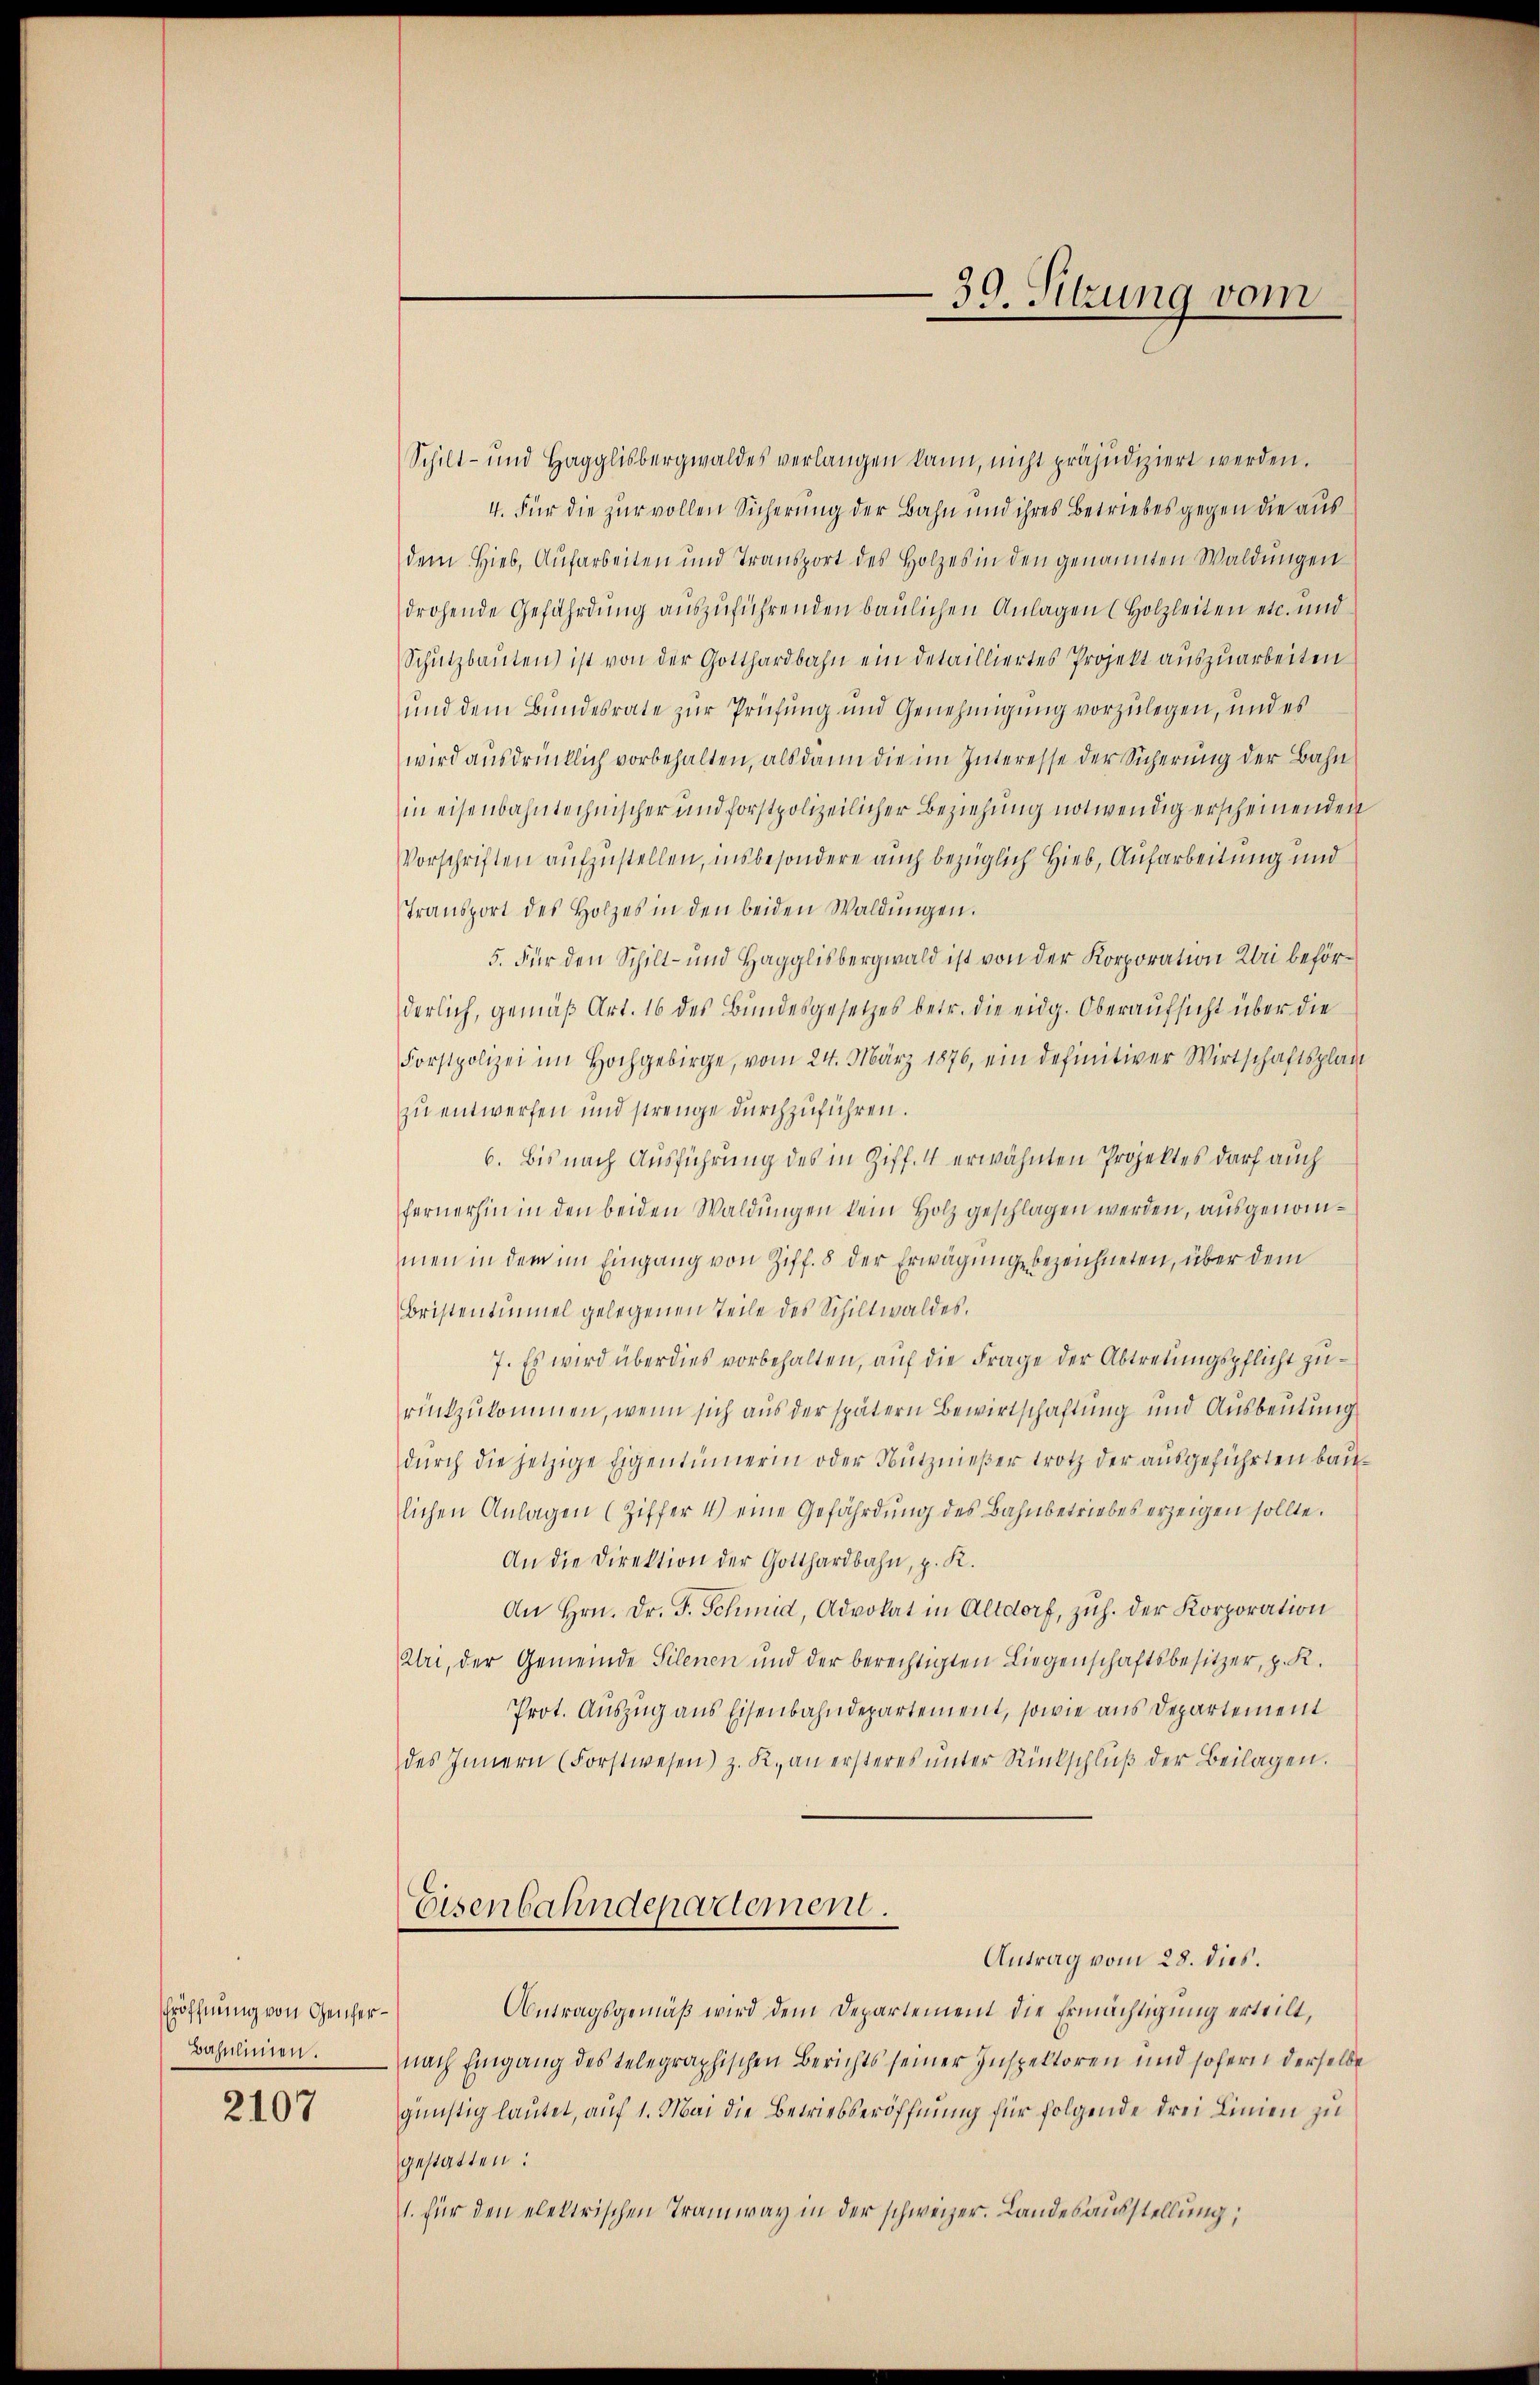
Eröffnung von Genfer¬
Bahnlinien.

2107

Schilt- und Hagglisbergwaldes verlangen kann, nicht präjudiziert werden.
4. Für die zur vollen Sicherung der Bahn und ihres Betriebes gegen die aus
dem Hieb, Aufarbeiten und Transport des Holzes in den genannten Waldungen
drohende Gefährdung auszuführenden baulichen Anlagen (Holzleiten etc. und
Schutzbauten ist von der Gotthardbahn ein detailliertes Projekt auszuarbeiten
und dem Bundesrate zur Prüfung und Genehmigung vorzulegen, und es
wird ausdrücklich vorbehalten, als dann die im Interesse der Sicherung der Bahn
in eisenbahntechnischer und forstpolizeilicher Beziehung notwendig erscheinenden
Vorschriften aufzustellen, insbesondere auch bezüglich Hieb, Aufarbeitung und
Transport des Holzes in den beiden Waldŭngen.
5. Für den Schilt- und Hagglisbergwald ist von der Korporation Uri beförderlich, gemäß Art. 16 des Bundesgesetzes betr. die eidg. Oberaufsicht über die
Forstpolizei im Hochgebirge, vom 24. März 1876, ein definitiver Wirtschaftsplan
zu entwerfen und strenge durchzuführen.
6. bis nach Ausführung des in Ziff. 4 erwähnten Projektes darf auch
fernerhin in den beiden Waldungen kein Holz geschlagen werden, ausgenommen in dem im Eingang von Ziff. 8 der Erwägung bezeichneten, über dem
Bristentimel gelegenen Teile des Schiltwaldes.
7. Es wird überdies vorbehalten, auf die Frage der Abtretungspflicht zurükzukommen, wenn sich aus der spätern Bewirtschaftung und Ausbeutung
dŭrch die jetzige Eigentümerin oder Nutznieβer trotz der aŭsgeführten baŭ
lichen Anlagen (Ziffer 4) eine Gefährdŭng des Bahnbetriebes erzeigen sollte.
An die Direktion der Gotthardbahn, p. K.
An Hrn. Dr. F. Schmid, Advokat in Altdorf, zŭh. der Korporation
Uri, der Gemeinde Silenen und der berechtigten Liegenschaftsbesitzer, p. K.
Prot. Auszug aus Eisenbahndepartement, sowie aus Departement
des Innern (Forstwesen) z. R., an ersteres ŭnter Rückschlŭβ der Beilagen.
Eisenbahndepartement.
Antrag vom 28. dies.
Antragsgemäß wird dem Departement die Ermächtigung erteilt,
nach Eingang des telegraphischen Berichts seiner Inspektoren und sofern derselbe
günstig lautet, auf 1. Mai die Betriebseröffnung für folgende drei Linien zu
gestatten:
1. für den elektrischen Tramway in der schweizer. Landesausstellung,

30. Sitzung vom